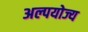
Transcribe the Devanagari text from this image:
अल्पयोज्य